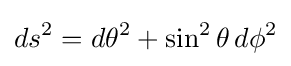
ds^{2}=d\theta ^{2}+\sin ^{2}\theta \,d\phi ^{2}